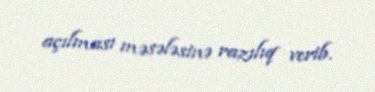
açılması məsələsinə razılıq verib.